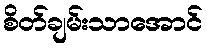
စိတ်ချမ်းသာအောင်